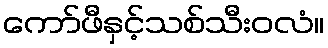
ကော်ဖီနှင့်သစ်သီးဝလံ။